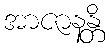
အာဇာနန္တိ